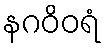
နဂဝိဝရံ